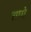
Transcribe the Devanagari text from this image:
शापे